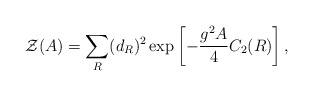
\begin{align*}{\cal Z}(A)=\sum_{R} (d_{R})^2 \exp\left[-{{g^2 A}\over 4}C_2(R)\right],\end{align*}